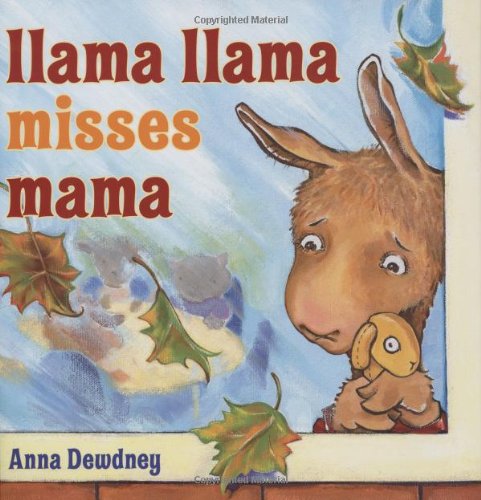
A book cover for Llama Llama Misses Mama; Anna Dewdney; Children's Books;